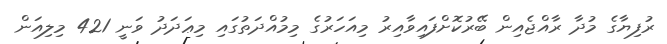
ރުފިޔާގެ މުދާ ރާއްޖެއިން ބޭރުކޮށްފައިވާއިރު މިއަހަރުގެ މިމުއްދަތުގައި މިޢަދަދު ވަނީ 421 މިލިއަން